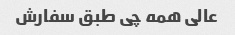
عالی همه چی طبق سفارش